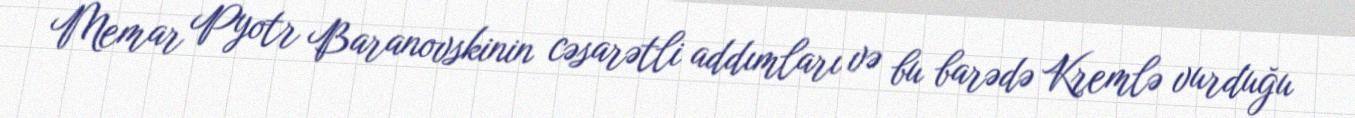
Memar Pyotr Baranovskinin cəsarətli addımları və bu barədə Kremlə vurduğu